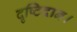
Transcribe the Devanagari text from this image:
दृष्टिदान।